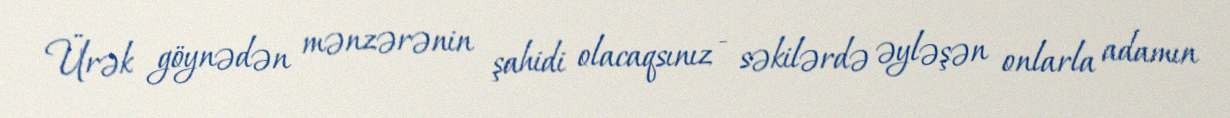
Ürək göynədən mənzərənin şahidi olacaqsınız - səkilərdə əyləşən onlarla adamın